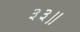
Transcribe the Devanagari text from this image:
३३॥